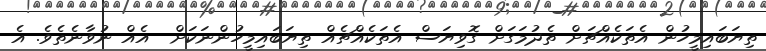
ތިޔަބައިމީހުން އެތަކެއްޗަށް ތެދުމަގަށް ގޮވިޔަސް އެތަކެއްޗެއް ތިޔަބައިމީހުންނަކަށް  އެއް ނުވާނެތެވެ. އެ